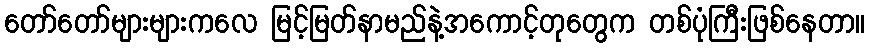
တော်တော်များများကလေ မြင့်မြတ်နာမည်နဲ့အကောင့်တုတွေက တစ်ပုံကြီးဖြစ်နေတာ။